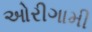
ઓરીગામી